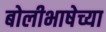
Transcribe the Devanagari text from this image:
बोलीभाषेच्या